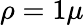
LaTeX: \rho=1\mu